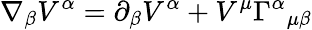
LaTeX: \nabla_{\beta}V^{\alpha}=\partial_{\beta}V^{\alpha}+V^{\mu}\Gamma^{\alpha}{}_{\mu\beta}